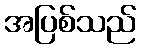
အပြစ်သည်